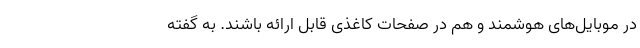
در موبایل‌های هوشمند و هم در صفحات کاغذی قابل ارائه باشند. به گفته